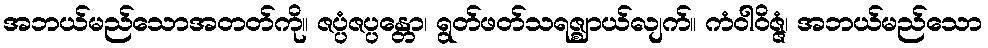
အဘယ်မည်သောအတတ်ကို။ ဇပ္ပံဇပ္ပန္တော၊ ရွတ်ဖတ်သရဇ္ဈာယ်လျက်။ ကံဝါဝိဇ္ဇံ၊ အဘယ်မည်သော